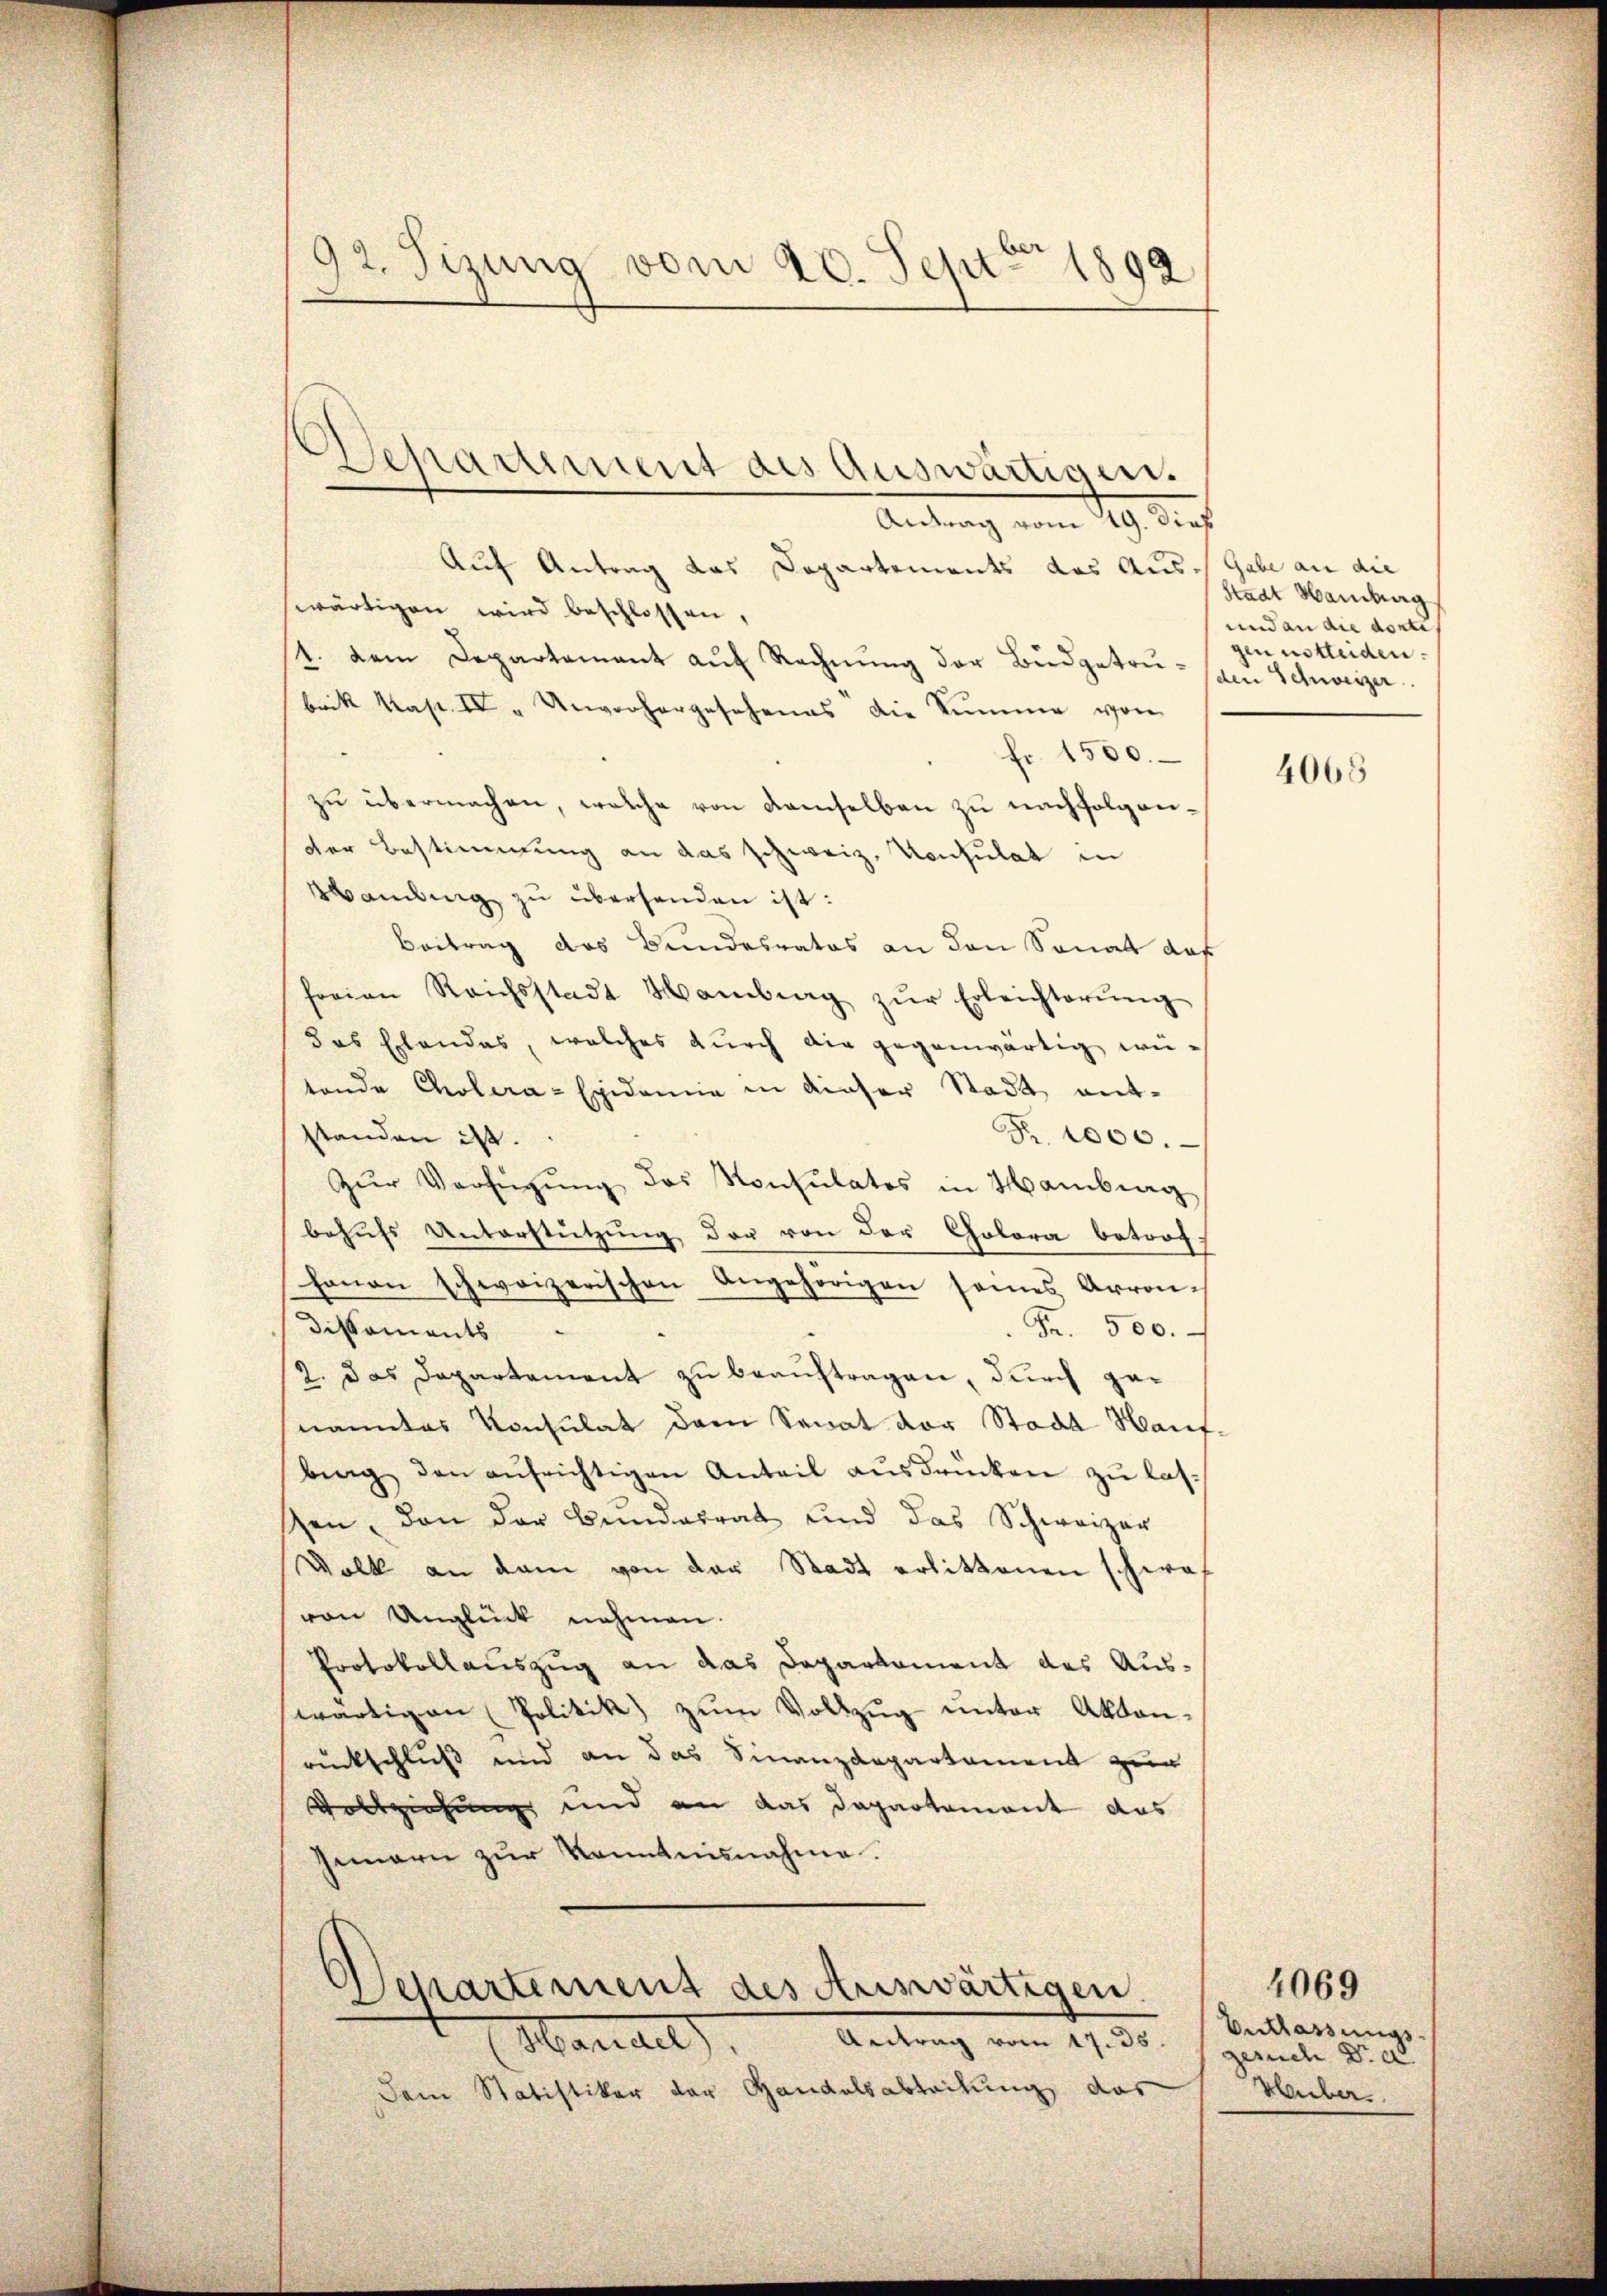
92. Tizung vom 20. Sept. 1892

Antrag vom 19. dieß
Auf Antrag das Departements das Aus Gabe an die
wärtigen wird beschlossen,
1. dem Departamant aŭf Rechnŭng der Budgetrusali Schweizer
brik Kap. IV „Unvorhergesehenes die Summe von
fr. 1500.
zu übermachen, welche von demselben zu nachfolgender Bestimmung an das schweiz. Konsulat in
Mamlung zu überhanden ist:
Beitrag des Bundesrates an den Sonat das
freien Reichsstadt Hamburg zŭr Erleichterŭng
das Elendes, welches durch die gegenwärtig witende Cholera-Epidemie in dieser Stadt ent¬
Fr. 1000.
standen ist.
Zŭr Verfügŭng des Konsulatos in Hamburg
behufs Unterstützung der von der Colora betrofhanon schweizerischen Angehörigen seines Arron¬
 Fr. 500.
Dissements
2. das Departement zu beauftragen, durch genanntes Konsulat dem Senat der Stadt Hant.
berg den aŭfrichtigen Anteil aŭsdrücken zŭ lasen, den der Bundesrat und das Schweizer
Volk an dem von der Stadt erlittenen schwaf
von Unglück nehmen.
Protokollauszug an das Departament des Auswärtigen (Politik zŭm Vollzŭg ŭnter Akten-
rückschluß und an das Finanzdepartement zur
Vollziehung und an das Departement das
Inarn zŭr Kenntnisnahme.

Separtiment des Auswärtigen.

Departement des Auswärtigen.
(Mariael), Antrag vom 17. 30.
Dem Statistiker der Handelsabteilung das

Stadt Hamburg
und an die actis
gen notleiden.

4065

Entlassungs-
gesuch Dr. d
lauber.

4069